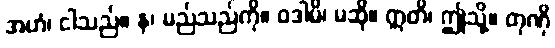
အဟံ၊ ငါသည်။ န၊ မည်သည်ကို။ ဝဒါမိ၊ မဆို။ ဣတိ၊ ဤသို့။ တုဏှိ